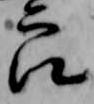
良